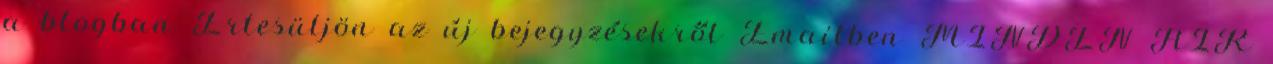
a blogban Értesüljön az új bejegyzésekről Emailben MINDEN HÍR